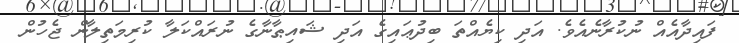
ފައިދާއެއް ނުކުރާނެއެވެ. އަދި ކިޔެއްތަ ބިދުޢައިގެ އަދި ޝައިޠާނާގެ ނުރައްކަލާ ކުރިމަތިލާން ޖެހުން